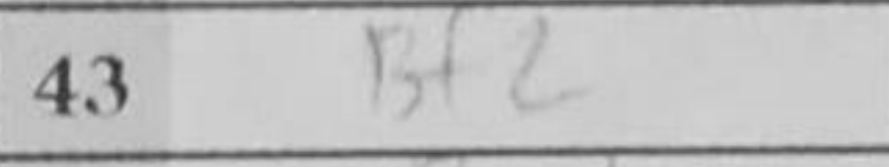
Transcription: Bf2